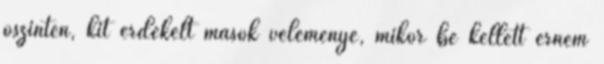
őszintén, kit érdekelt mások véleménye, mikor be kellett érnem